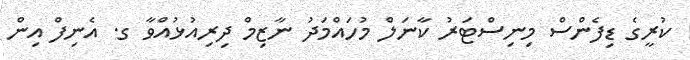
ކުރީގެ ޑިފެންސް މިނިސްޓަރު ކާނަލް މުހައްމަދު ނާޒިމް ދިރިއުޅުއްވާ ގ. އެނިފް އިން